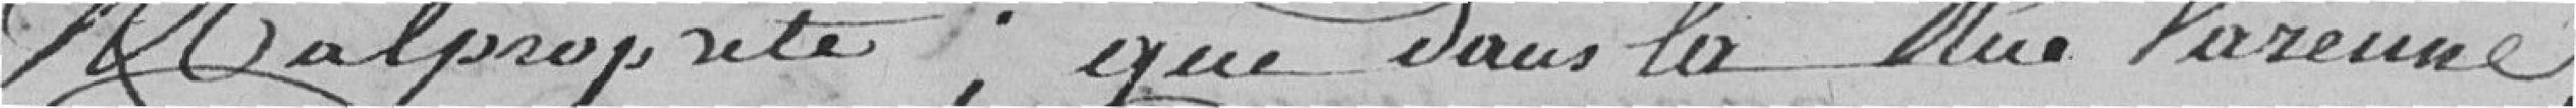
malpropreté, que dans la rue Varenne,